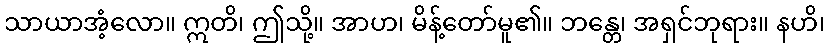
သာယာအံ့လော။ ဣတိ၊ ဤသို့။ အာဟ၊ မိန့်တော်မူ၏။ ဘန္တေ၊ အရှင်ဘုရား။ နဟိ၊